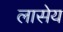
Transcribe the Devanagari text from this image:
लासेय